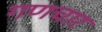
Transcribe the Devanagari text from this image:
गणचार